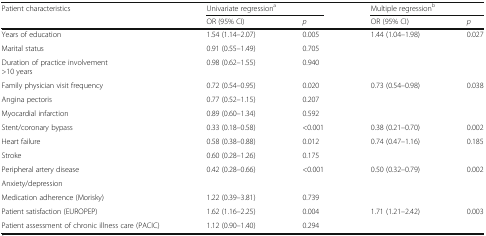
<table><thead><tr><td rowspan="2"><b>Patient characteristics</b></td><td colspan="2"><b>Univariate regression<sup>a</sup></b></td><td colspan="2"><b>Multiple regression<sup>b</sup></b></td></tr><tr><td><b>OR (95% CI)</b></td><td><b><i>p</i></b></td><td><b>OR (95% CI)</b></td><td><b><i>p</i></b></td></tr></thead><tbody><tr><td>Years of education</td><td>1.54 (1.14–2.07)</td><td>0.005</td><td>1.44 (1.04–1.98)</td><td>0.027</td></tr><tr><td>Marital status</td><td>0.91 (0.55–1.49)</td><td>0.705</td><td></td><td></td></tr><tr><td>Duration of practice involvement&gt;10 years</td><td>0.98 (0.62–1.55)</td><td>0.940</td><td></td><td></td></tr><tr><td>Family physician visit frequency</td><td>0.72 (0.54–0.95)</td><td>0.020</td><td>0.73 (0.54–0.98)</td><td>0.038</td></tr><tr><td>Angina pectoris</td><td>0.77 (0.52–1.15)</td><td>0.207</td><td></td><td></td></tr><tr><td>Myocardial infarction</td><td>0.89 (0.60–1.34)</td><td>0.592</td><td></td><td></td></tr><tr><td>Stent/coronary bypass</td><td>0.33 (0.18–0.58)</td><td>&lt;0.001</td><td>0.38 (0.21–0.70)</td><td>0.002</td></tr><tr><td>Heart failure</td><td>0.58 (0.38–0.88)</td><td>0.012</td><td>0.74 (0.47–1.16)</td><td>0.185</td></tr><tr><td>Stroke</td><td>0.60 (0.28–1.26)</td><td>0.175</td><td></td><td></td></tr><tr><td>Peripheral artery disease</td><td>0.42 (0.28–0.66)</td><td>&lt;0.001</td><td>0.50 (0.32–0.79)</td><td>0.002</td></tr><tr><td>Anxiety/depression</td><td></td><td></td><td></td><td></td></tr><tr><td>Medication adherence (Morisky)</td><td>1.22 (0.39–3.81)</td><td>0.739</td><td></td><td></td></tr><tr><td>Patient satisfaction (EUROPEP)</td><td>1.62 (1.16–2.25)</td><td>0.004</td><td>1.71 (1.21–2.42)</td><td>0.003</td></tr><tr><td>Patient assessment of chronic illness care (PACIC)</td><td>1.12 (0.90–1.40)</td><td>0.294</td><td></td><td></td></tr></tbody></table>